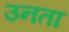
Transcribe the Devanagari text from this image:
उनता